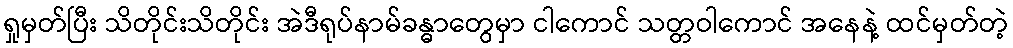
ရှုမှတ်ပြီး သိတိုင်းသိတိုင်း အဲဒီရုပ်နာမ်ခန္ဓာတွေမှာ ငါကောင် သတ္တဝါကောင် အနေနဲ့ ထင်မှတ်တဲ့